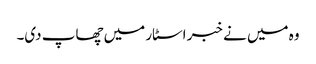
وہ میں نے خبر اسٹار میں چھاپ دی۔